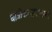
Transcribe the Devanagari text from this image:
धात्रीकरसमालम्बी